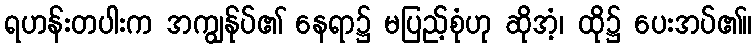
ရဟန်းတပါးက အကျွန်ုပ်၏ နေရာ၌ မပြည့်စုံဟု ဆိုအံ့၊ ထို၌ ပေးအပ်၏။